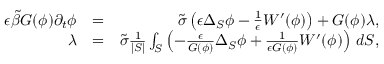
\begin{array} { r l r } { \epsilon \tilde { \beta } G ( \phi ) \partial _ { t } \phi } & { = } & { \tilde { \sigma } \left( \epsilon \Delta _ { \cal { S } } \phi - \frac { 1 } { \epsilon } W ^ { \prime } ( \phi ) \right) + G ( \phi ) \lambda , } \\ { \lambda } & { = } & { \tilde { \sigma } \frac { 1 } { | { \cal { S } } | } \int _ { \cal { S } } \left( - \frac { \epsilon } { G ( \phi ) } \Delta _ { \cal { S } } \phi + \frac { 1 } { \epsilon G ( \phi ) } W ^ { \prime } ( \phi ) \right) \, d { \cal { S } } , } \end{array}